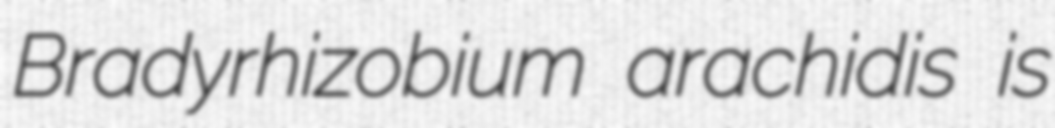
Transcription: Bradyrhizobium arachidis is